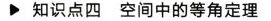
\triangleright 知识点四 空间中的等角定理